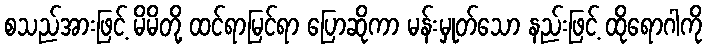
စသည်အားဖြင့် မိမိတို့ ထင်ရာမြင်ရာ ပြောဆိုကာ မန်းမှုတ်သော နည်းဖြင့် ထိုရောဂါကို